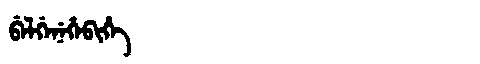
Manchu: ᠪᡝᠯᡤᡝᠨᡝᡥᡝᠪᡳᡥᡝ
Romanization: BELGENEHEBIHE